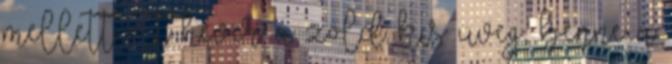
mellett ott hever a zöld kis üveg, benne a